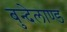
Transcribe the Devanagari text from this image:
बुन्देलाण्ड